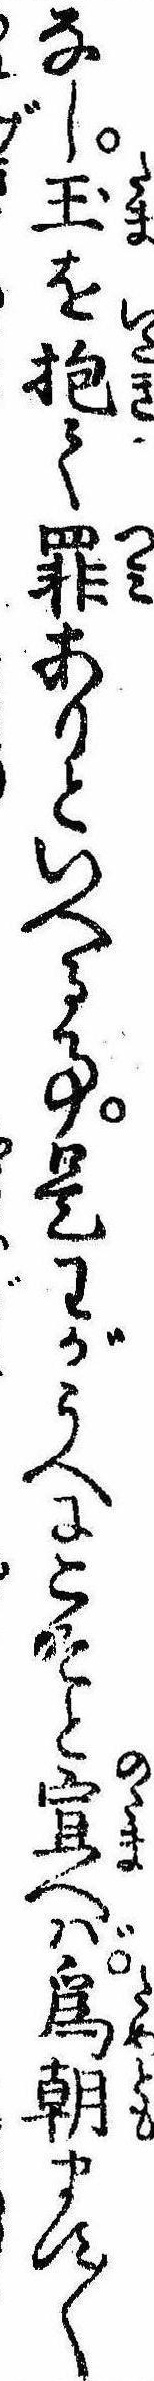
なし玉を抱て罪ありといへる事是わがうへにこそと宣へば為朝ます〱